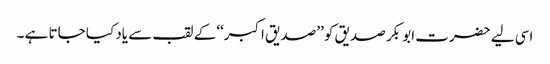
اسی لیے حضرت ابو بکر صدیق کو ’’صدیق اکبر‘‘کے لقب سے یاد کیا جاتا ہے ۔